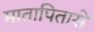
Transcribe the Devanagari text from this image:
मातापितासे